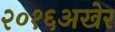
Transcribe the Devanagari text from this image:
२०१६अखेर